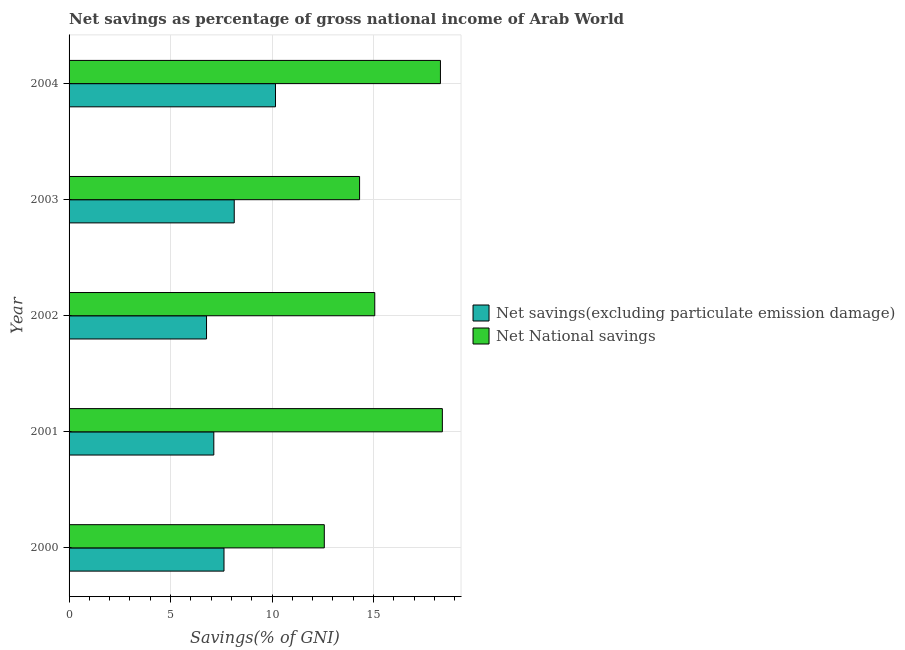
| Year | Net savings(excluding particulate emission damage) | Net National savings |
 | --- | --- | --- |
 | 2000 | 7.63 | 12.6 |
 | 2001 | 7.13 | 18.4 |
 | 2002 | 6.77 | 15.1 |
 | 2003 | 8.14 | 14.3 |
 | 2004 | 10.2 | 18.3 |